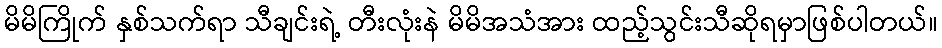
မိမိကြိုက် နှစ်သက်ရာ သီချင်းရဲ့ တီးလုံးနဲ မိမိအသံအား ထည့်သွင်းသီဆိုရမှာဖြစ်ပါတယ်။